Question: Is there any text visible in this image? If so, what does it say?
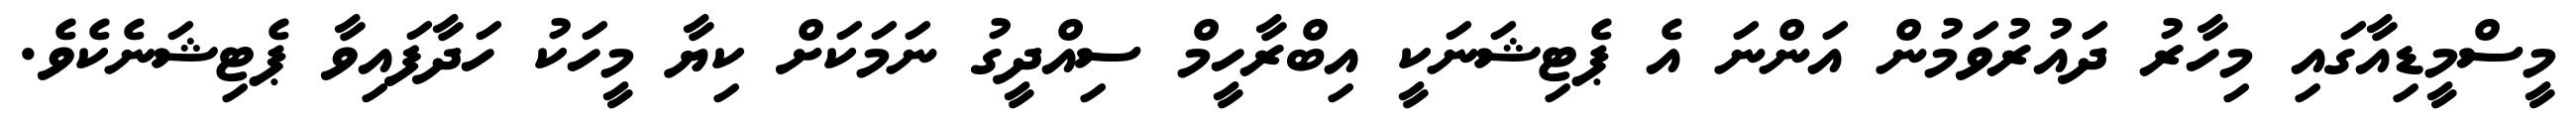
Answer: މީސްމީޑިއާގައި މިހާރު ދައުރުވަމުން އަންނަ އެ ޕެޓިޝަނަކީ އިބްރާހީމް ސިއްދީގު ނަމަކަށް ކިޔާ މީހަކު ހަދާފައިވާ ޕެޓިޝަނެކެވެ.